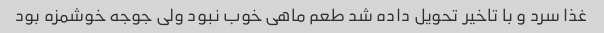
غذا سرد و با تاخیر تحویل داده شد طعم ماهی خوب نبود ولی جوجه خوشمزه بود